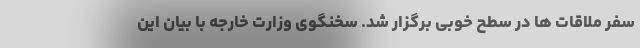
سفر ملاقات ها در سطح خوبی برگزار شد. سخنگوی وزارت خارجه با بیان این